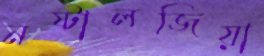
নষ্টালজিয়া